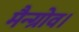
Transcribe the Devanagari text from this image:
मैन्ग्रोव।